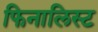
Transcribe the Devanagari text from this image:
फिनालिस्ट